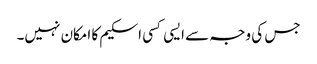
جس کی وجہ سے ایسی کسی اسکیم کا امکان نہیں۔